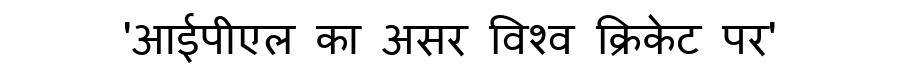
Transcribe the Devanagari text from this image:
'आईपीएल का असर विश्व क्रिकेट पर'